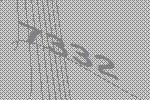
7332